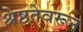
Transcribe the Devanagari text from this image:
श्रेष्ठतेवरून